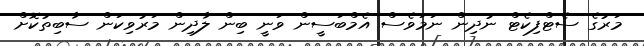
މަރުގެ ސެޓްފިކެޓް ނުދިން ނަމަވެސް އެމްބަސީން ވަނީ ބިން ލާދިން މަރުވިކަން ސާބިތުކޮށް